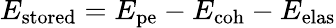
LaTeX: E_{\mathrm{stored}}=E_{\mathrm{pe}}-E_{\mathrm{coh}}-E_{\mathrm{elas}}